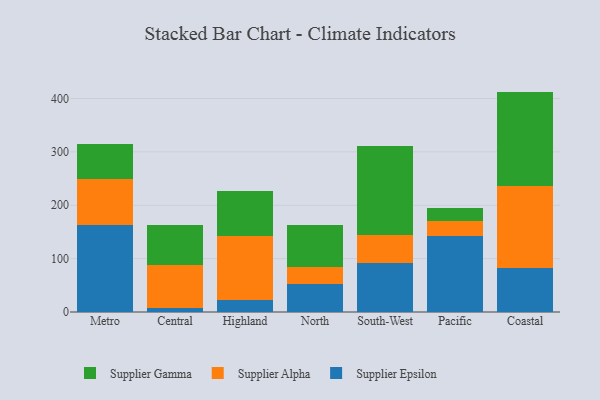
{"axis": {"x": "Region", "y": "Tickets Resolved"}, "legend": ["Supplier Alpha", "Supplier Epsilon", "Supplier Gamma"], "data": [{"x": "Metro", "y": 162.7, "type": "Supplier Epsilon"}, {"x": "Metro", "y": 86.0, "type": "Supplier Alpha"}, {"x": "Metro", "y": 66.6, "type": "Supplier Gamma"}, {"x": "Central", "y": 8.2, "type": "Supplier Epsilon"}, {"x": "Central", "y": 80.0, "type": "Supplier Alpha"}, {"x": "Central", "y": 75.2, "type": "Supplier Gamma"}, {"x": "Highland", "y": 21.7, "type": "Supplier Epsilon"}, {"x": "Highland", "y": 121.3, "type": "Supplier Alpha"}, {"x": "Highland", "y": 83.7, "type": "Supplier Gamma"}, {"x": "North", "y": 51.6, "type": "Supplier Epsilon"}, {"x": "North", "y": 33.2, "type": "Supplier Alpha"}, {"x": "North", "y": 77.3, "type": "Supplier Gamma"}, {"x": "South-West", "y": 92.5, "type": "Supplier Epsilon"}, {"x": "South-West", "y": 52.2, "type": "Supplier Alpha"}, {"x": "South-West", "y": 166.5, "type": "Supplier Gamma"}, {"x": "Pacific", "y": 142.8, "type": "Supplier Epsilon"}, {"x": "Pacific", "y": 27.2, "type": "Supplier Alpha"}, {"x": "Pacific", "y": 25.0, "type": "Supplier Gamma"}, {"x": "Coastal", "y": 83.1, "type": "Supplier Epsilon"}, {"x": "Coastal", "y": 152.5, "type": "Supplier Alpha"}, {"x": "Coastal", "y": 177.4, "type": "Supplier Gamma"}]}